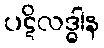
ပဋိလဒ္ဓါန